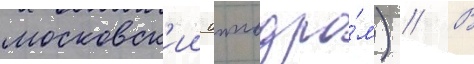
московск'ии ипподро́м) // В